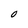
Character: O